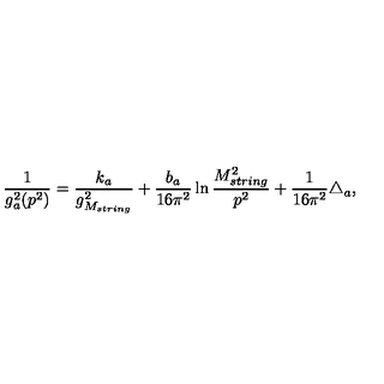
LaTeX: \frac { 1 } { g _ { a } ^ { 2 } ( p ^ { 2 } ) } = \frac { k _ { a } } { g _ { M _ { s t r i n g } } ^ { 2 } } + \frac { b _ { a } } { 1 6 \pi ^ { 2 } } \ln \frac { M _ { s t r i n g } ^ { 2 } } { p ^ { 2 } } + \frac { 1 } { 1 6 \pi ^ { 2 } } \triangle _ { a } ,